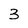
Character: 3